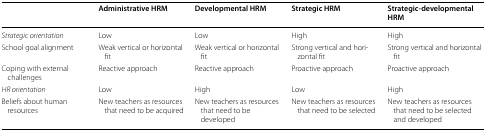
|  | Administrative HRM | Developmental HRM | Strategic HRM | Strategic-developmental HRM |
 | --- | --- | --- | --- | --- |
 | Strategic orientation | Low | Low | High | High |
 | School goal alignment | Weak vertical or horizontal fit | Weak vertical or horizontal fit | Strong vertical and horizontal fit | Strong vertical and horizontal fit |
 | Coping with external challenges | Reactive approach | Reactive approach | Proactive approach | Proactive approach |
 | HR orientation | Low | High | Low | High |
 | Beliefs about human resources | New teachers as resources that need to be acquired | New teachers as resources that need to be developed | New teachers as resources that need to be selected | New teachers as resources that need to be selected and developed |